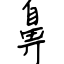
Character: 鼻